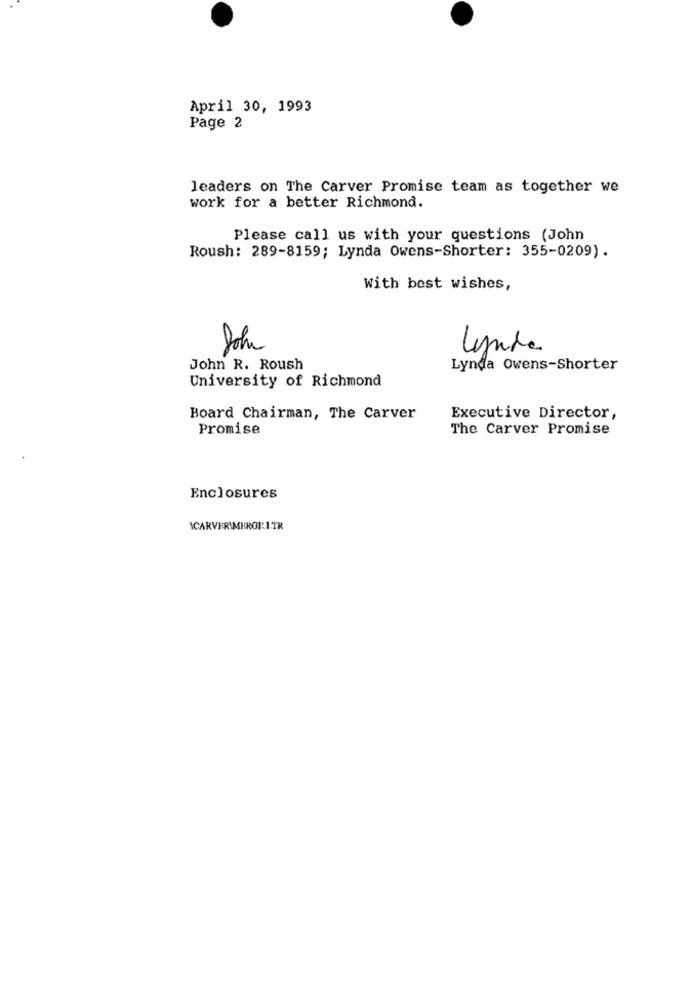
April 30, 1993
Page 2
leaders on The Carver Promise team as together we
work for a better Richmond.
Please call us with your questions (John
Roush: 289-8159; Lynda Owens-Shorter: 355-0209).
With best wishes,
John
lynda
John R. Roush
Lynda Owens-Shorter
University of Richmond
Board Chairman, The Carver
Executive Director,
Promise
The Carver Promise
Enclosures
ICARVERIMHROI: I.TR